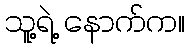
သူ့ရဲ့ နောက်က။